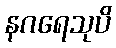
နဂရေသုပိ